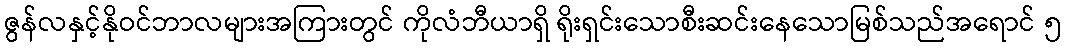
ဇွန်လနှင့်နိုဝင်ဘာလများအကြားတွင် ကိုလံဘီယာရှိ ရိုးရှင်းသောစီးဆင်းနေသောမြစ်သည်အရောင် ၅